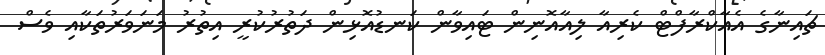
ޗައިނާގެ އެއާކްރާފްޓް ކެރިއާ ލިއާއޮނިން ޓައިވާން ކަނޑުއޮޅިން ދަތުރުކުރީ އިތުރު މަނަވަރުތަކާއި ވެސް